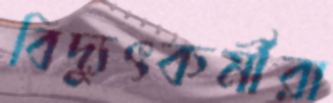
বিদ্যুৎকর্মীরা